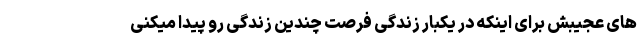
های عجیبش برای اینکه در یکبار زندگی فرصت چندین زندگی رو پیدا میکنی